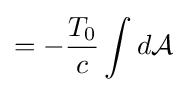
=-{\frac {T_{0}}{c}}\int d{\mathcal {A}}